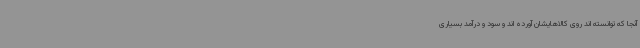
آنجا که توانسته اند روی کالاهایشان آورده اند و سود و درآمد بسیاری